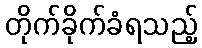
တိုက်ခိုက်ခံရသည့်